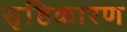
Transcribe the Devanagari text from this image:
सृष्टिकारण